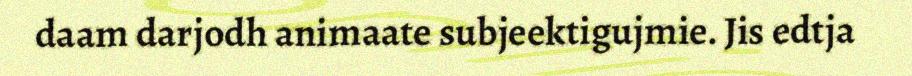
daam darjodh animaate subjeektigujmie. Jis edtja